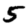
Digit: 5